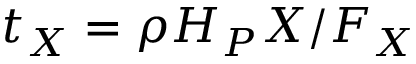
t _ { X } = \rho H _ { P } X / F _ { X }